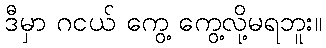
ဒီမှာ ဂငယ် ကွေ့ ကွေ့လို့မရဘူး။